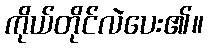
ကိုယ်တိုင်လဲပေး၏။